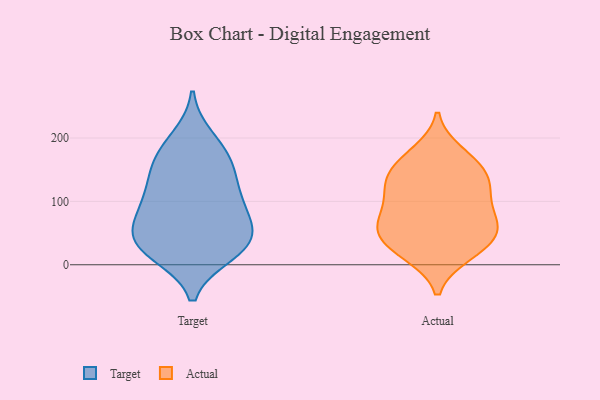
{"axis": {"x": "Net Income (USD K)", "y": "Value"}, "legend": ["Actual", "Target"], "data": [{"x": "", "y": 176, "type": "Target"}, {"x": "", "y": 28, "type": "Target"}, {"x": "", "y": 68, "type": "Target"}, {"x": "", "y": 112, "type": "Target"}, {"x": "", "y": 24, "type": "Target"}, {"x": "", "y": 49, "type": "Target"}, {"x": "", "y": 18, "type": "Target"}, {"x": "", "y": 199, "type": "Target"}, {"x": "", "y": 89, "type": "Target"}, {"x": "", "y": 160, "type": "Target"}, {"x": "", "y": 95, "type": "Target"}, {"x": "", "y": 125, "type": "Target"}, {"x": "", "y": 33, "type": "Target"}, {"x": "", "y": 49, "type": "Target"}, {"x": "", "y": 157, "type": "Target"}, {"x": "", "y": 104, "type": "Actual"}, {"x": "", "y": 71, "type": "Actual"}, {"x": "", "y": 135, "type": "Actual"}, {"x": "", "y": 60, "type": "Actual"}, {"x": "", "y": 28, "type": "Actual"}, {"x": "", "y": 57, "type": "Actual"}, {"x": "", "y": 47, "type": "Actual"}, {"x": "", "y": 153, "type": "Actual"}, {"x": "", "y": 16, "type": "Actual"}, {"x": "", "y": 18, "type": "Actual"}, {"x": "", "y": 111, "type": "Actual"}, {"x": "", "y": 177, "type": "Actual"}, {"x": "", "y": 167, "type": "Actual"}, {"x": "", "y": 136, "type": "Actual"}, {"x": "", "y": 52, "type": "Actual"}, {"x": "", "y": 81, "type": "Actual"}, {"x": "", "y": 127, "type": "Actual"}]}